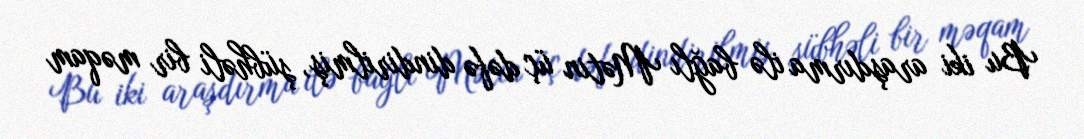
Bu iki araşdırma ilə bağlı Mətin üç dəfə dindirilmiş, şübhəli bir məqam